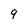
Character: q